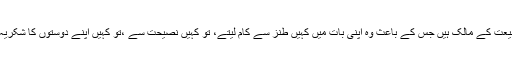
قیوم کنول ؔ حساس طبیعت کے مالک ہیں جس کے باعث وہ اپنی بات میں کہیں طنز سے کام لیتے، تو کہیں نصیحت سے ،تو کہیں اپنے دوستوں کا شکریہ ادا کرتے نظر آئے ۔